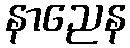
နာညေန